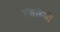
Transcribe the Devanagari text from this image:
दंतलेपी